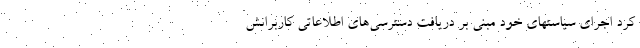
کرد اجرای سیاستهای خود مبنی بر دریافت دسترسی‌های اطلاعاتی کاربرانش